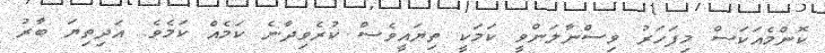
ކޮންމެއަކަސް މިފަހަރު ވިސްނާލަންވީ ކަމަކީ ތިޔައީވެސް ކުރެވިދާނެ ކަމެއް ކަމެވެ. އަދިތިޔަ ބާރު